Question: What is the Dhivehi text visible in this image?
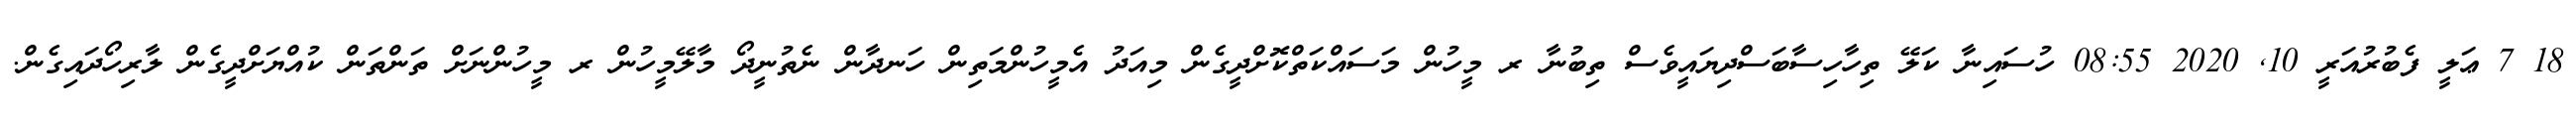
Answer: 18 7 ޢަލީ ފެބުރުއަރީ 10, 2020 08:55 ހުސައިނާ ކަލޭ ތިހާހިސާބަސްދިޔައީވެސް ތިބުނާ ރ މީހުން މަސައްކަތްކޮށްދީގެން މިއަދު އެމީހުންމަތިން ހަނދާން ނެތުނީދޯ މާލޭމީހުން ރ މީހުންނަށް ތަންތަން ކުއްޔަށްދީގެން ލާރިހޯދައިގެން.